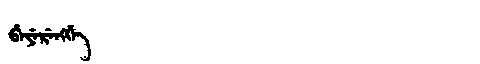
Manchu: ᠪᡝᠶᡝᡵᡝᠩᡤᡝ
Romanization: BEYERENGGE